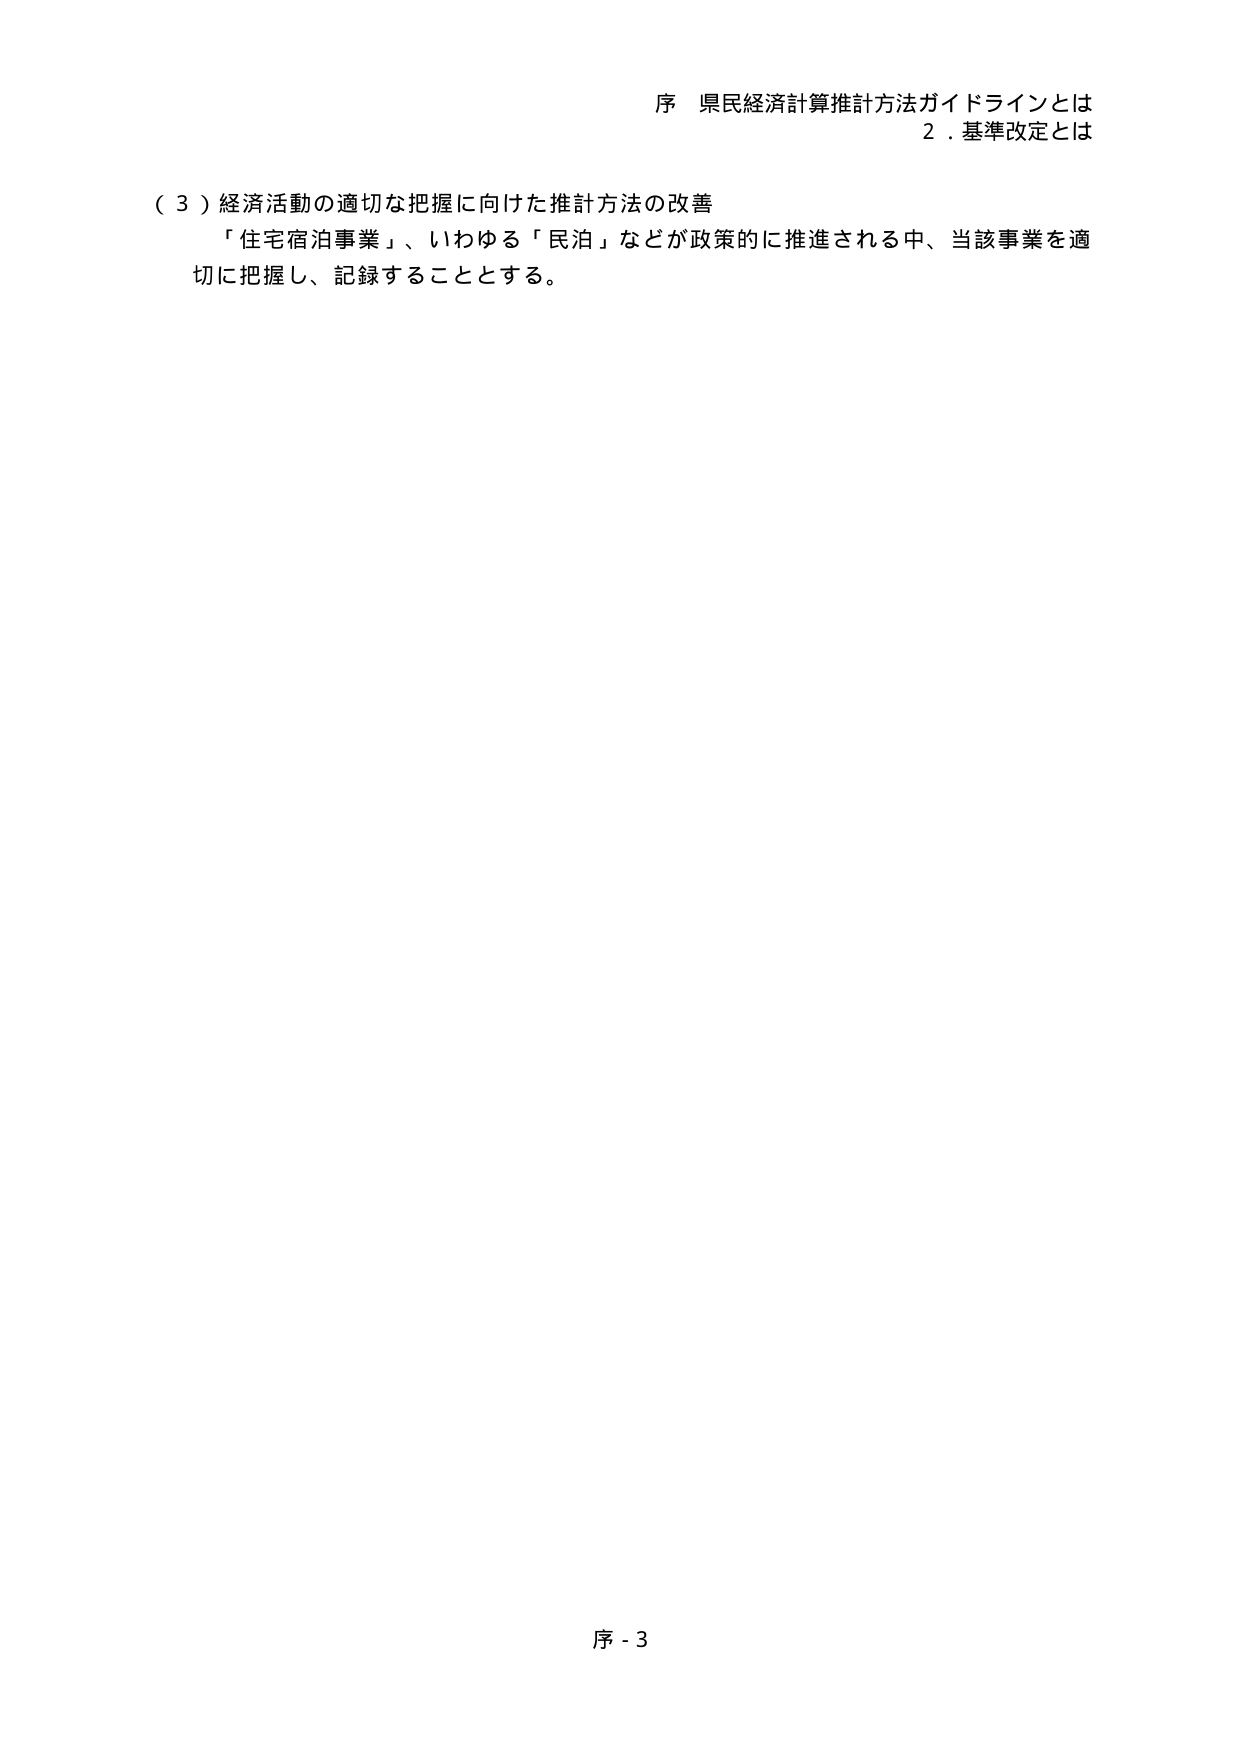
序 県民経済計算推計方法ガイドラインとは
２．基準改定とは

（３）経済活動の適切な把握に向けた推計方法の改善
「住宅宿泊事業」、いわゆる「民泊」などが政策的に推進される中、当該事業を適切に把握し、記録することとする。

序 - 3